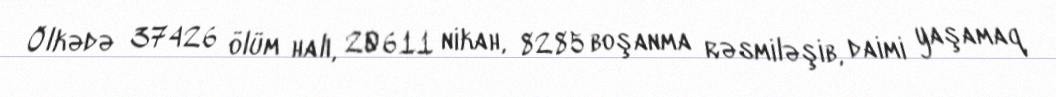
Ölkədə 37426 ölüm halı, 20611 nikah, 8285 boşanma rəsmiləşib, daimi yaşamaq